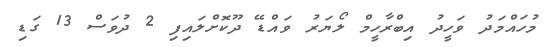
މުހައްމަދު ވަހީދު އިބްރާހީމް ލޯޔަރު ވައްޑޭ ދޫކޮށްލައިފި 2 ދުވަސް 13 ގަޑި